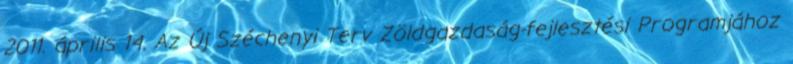
2011. április 14. Az Új Széchenyi Terv Zöldgazdaság-fejlesztési Programjához